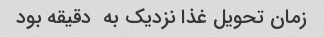
زمان تحویل غذا نزدیک به  دقیقه بود